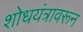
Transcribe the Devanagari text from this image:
शोधयंत्रावरून